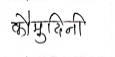
मजकूर: कोमुदिनी